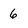
Character: 6